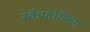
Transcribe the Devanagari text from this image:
स्कैफोल्डिंग